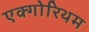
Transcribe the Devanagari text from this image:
एक्गोरिथम